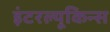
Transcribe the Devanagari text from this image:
इंटरल्यूकिन्स